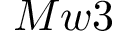
M w 3